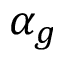
\alpha _ { g }